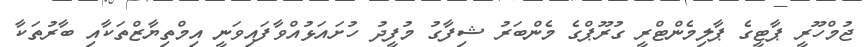
ޖުމްހޫރީ ޕާޓީގެ ޕާލިމެންޓްރީ ގުރޫޕްގެ މެންބަރު ޝިފާގު މުފީދު ހުށައަޅުއްވާފައިވަނީ އިމްތިޔާޒްތަކާއި ބާރުތަކާ